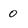
Character: 0